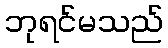
ဘုရင်မသည်